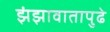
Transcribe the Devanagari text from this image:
झंझावातापुढे